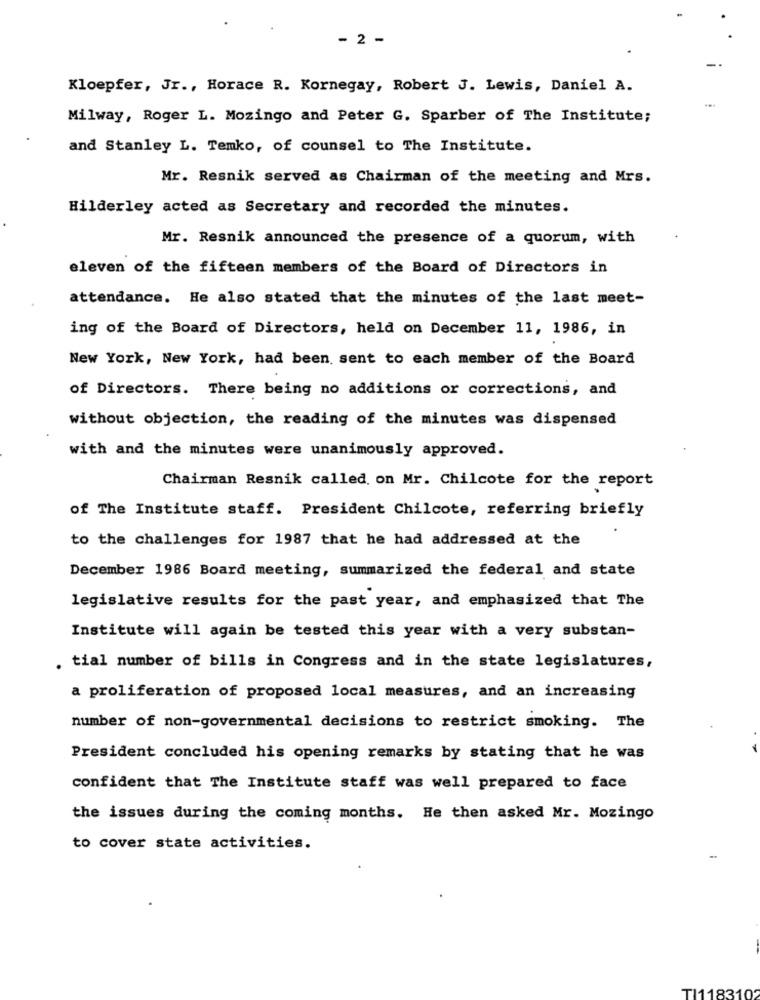
- 2 -
Kloepfer, Jr ., Horace R. Kornegay, Robert J. Lewis, Daniel A.
Milway, Roger L. Mozingo and Peter G. Sparber of The Institute;
and Stanley L. Temko, of counsel to The Institute.
Mr. Resnik served as Chairman of the meeting and Mrs.
Hilderley acted as Secretary and recorded the minutes.
Mr. Resnik announced the presence of a quorum, with
eleven of the fifteen members of the Board of Directors in
attendance. He also stated that the minutes of the last meet-
ing of the Board of Directors, held on December 11, 1986, in
New York, New York, had been sent to each member of the Board
of Directors. There being no additions or corrections, and
without objection, the reading of the minutes was dispensed
with and the minutes were unanimously approved.
Chairman Resnik called on Mr. Chilcote for the report
of The Institute staff. President Chilcote, referring briefly
to the challenges for 1987 that he had addressed at the
December 1986 Board meeting, summarized the federal and state
legislative results for the past year, and emphasized that The
Institute will again be tested this year with a very substan-
. tial number of bills in Congress and in the state legislatures,
a proliferation of proposed local measures, and an increasing
number of non-governmental decisions to restrict smoking. The
President concluded his opening remarks by stating that he was
confident that The Institute staff was well prepared to face
the issues during the coming months. He then asked Mr. Mozingo
to cover state activities.
TI1183102